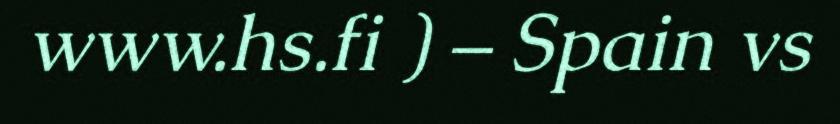
www.hs.fi ) – Spain vs